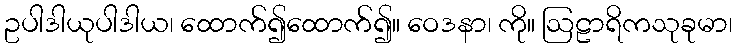
ဥပါဒါယုပါဒါယ၊ ထောက်၍ထောက်၍။ ဝေဒနာ၊ ကို။ ဩဠာရိကသုခုမာ၊